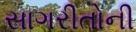
સાગરીતોની